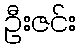
ဦးဇင်း